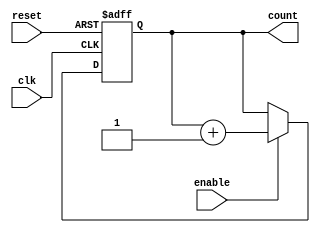
module async_reset_sync_counter (
    input wire clk,        // Clock signal
    input wire reset,      // Asynchronous reset signal
    input wire enable,     // Enable signal
    output reg [N-1:0] count // Counter output (N-bit)
);

parameter N = 4; // Define the width of the counter (4 bits in this example)
  
// Always block for asynchronous reset
always @(posedge clk or posedge reset) begin
    if (reset) begin
        count <= 0; // Reset the counter to 0
    end else if (enable) begin
        count <= count + 1; // Increment the counter
    end
end

endmodule